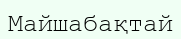
Майшабақтай